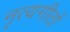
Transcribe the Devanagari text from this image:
नृत्यगीतों